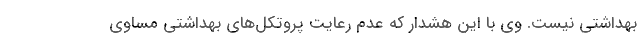
بهداشتی نیست. وی با این هشدار که عدم رعایت پروتکل‌های بهداشتی مساوی